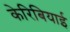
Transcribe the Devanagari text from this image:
केरिबियाई